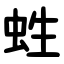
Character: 﨡